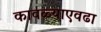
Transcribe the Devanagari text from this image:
कावळ्याएवढा